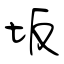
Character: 坂